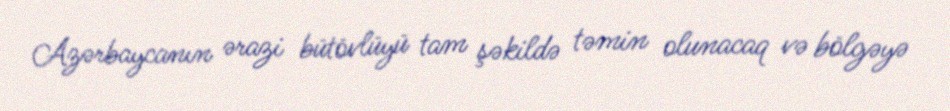
Azərbaycanın ərazi bütövlüyü tam şəkildə təmin olunacaq və bölgəyə